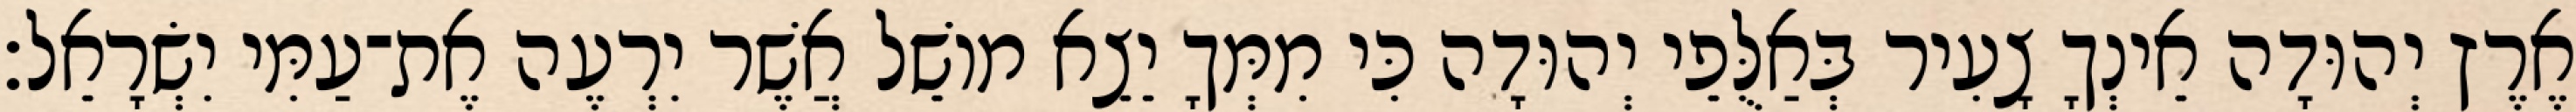
אֶרֶץ יְהוּדָה אֵינְךָ צָעִיר בְּאַלֻּפֵי יְהוּדָה כִּי מִמְּךָ יֵצֵא מוֹשֵׁל אֲשֶׁר יִרְעֶה אֶת־עַמִּי יִשְׂרָאֵל׃